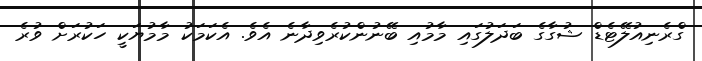
ގްރެނިއުލޭޓެޑް ޝުގާގެ ބަދަލުގައި މާމުއި ބޭނުންކުރެވިދާނެ އެވެ. އެކަމަކު މާމުޔަކީ ހަކުރަށް ވުރެ